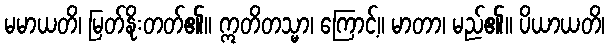
မမာယတိ၊ မြတ်နိုးတတ်၏။ ဣတိတသ္မာ၊ ကြောင့်။ မာတာ၊ မည်၏။ ပိယာယတိ၊